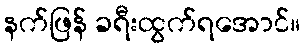
နက်ဖြန် ခရီးထွက်ရအောင်။